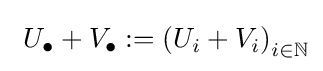
\ U_{\bullet }+V_{\bullet }:=\left(U_{i}+V_{i}\right)_{i\in \mathbb {N} }